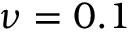
\nu = 0 . 1